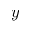
y